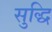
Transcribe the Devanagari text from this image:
सुद्धि